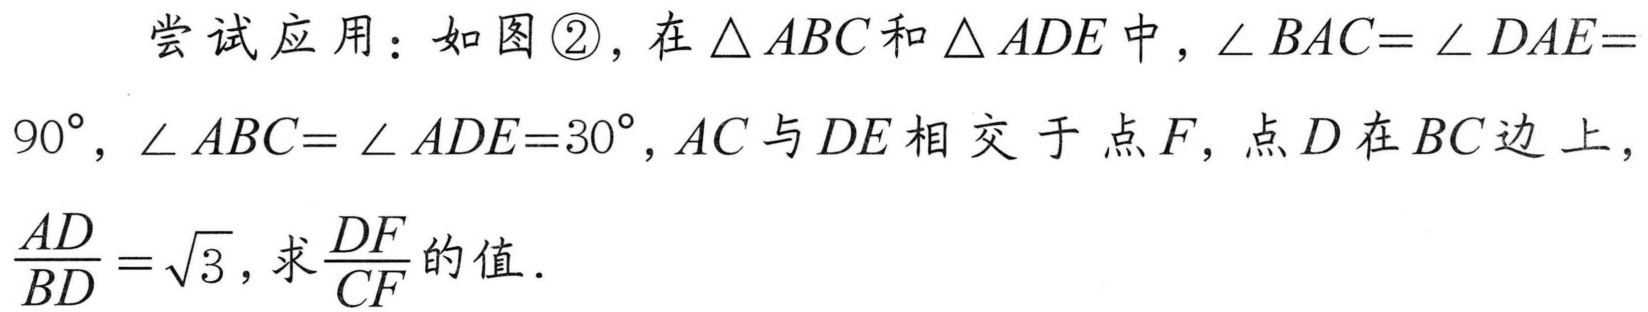
尝试应用：如图\textcircled{2}，在\(\triangle ABC\)和\(\triangle ADE\)中，\(\angle BAC = \angle DAE = 90^{\circ}\)，\(\angle ABC=\angle ADE = 30^{\circ}\)，\(AC\)与\(DE\)相交于点\(F\)，点\(D\)在\(BC\)边上，\(\frac{AD}{BD}=\sqrt{3}\)，求\(\frac{DF}{CF}\)的值．